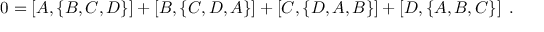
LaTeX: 0 = \left[ A , \left\{ B , C , D \right\} \right] + \left[ B , \left\{ C , D , A \right\} \right] + \left[ C , \left\{ D , A , B \right\} \right] + \left[ D , \left\{ A , B , C \right\} \right] \; .